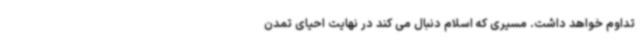
تداوم خواهد داشت. مسیری که اسلام دنبال می کند در نهایت احیای تمدن